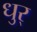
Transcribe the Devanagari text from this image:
धुर्